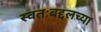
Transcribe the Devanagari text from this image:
स्वतःबद्दलच्या